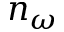
n _ { \omega }